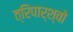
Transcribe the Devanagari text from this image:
त्रिपार्श्वो